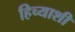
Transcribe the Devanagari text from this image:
हिच्‍याशी